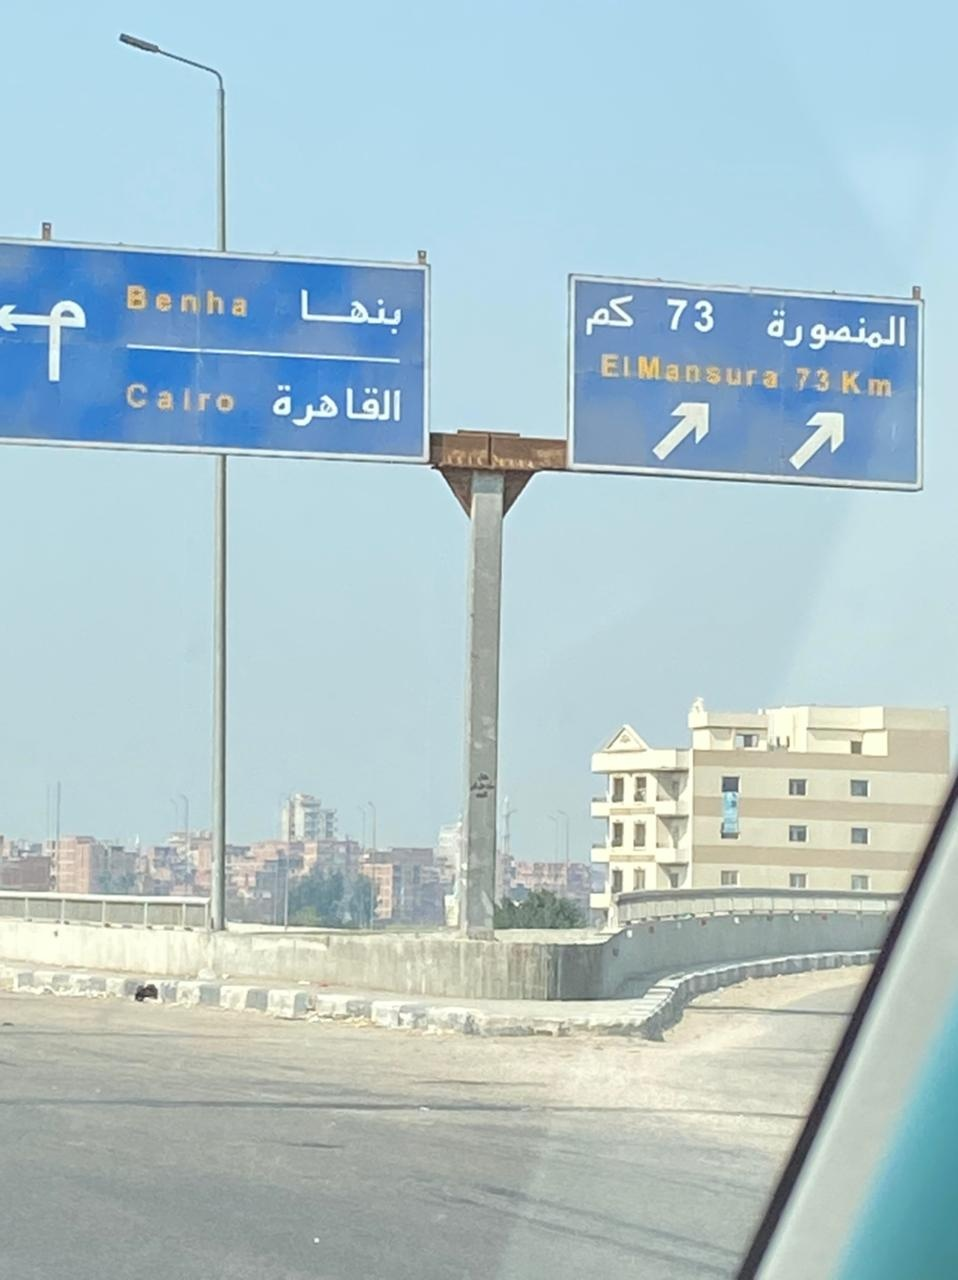
Text in image: بنها كم المنصورة القاهرة Benha 73 ElMansura 73 Km Cairo